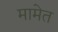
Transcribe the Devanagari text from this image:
मामेत